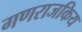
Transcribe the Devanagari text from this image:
गणराजकिय